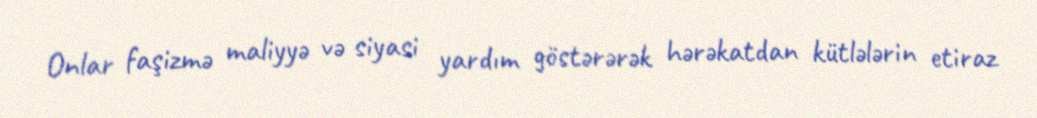
Onlar faşizmə maliyyə və siyasi yardım göstərərək hərəkatdan kütlələrin etiraz